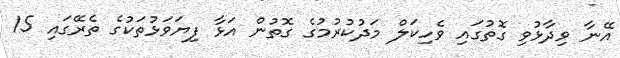
އޭނާ ވިދާޅުވި ގޮތުގައި ވެހިކަލް މަދުކުރުމުގެ ގޮތުން އަޅާ ފިޔަވަޅުތަކުގެ ތެރޭގައި 15